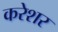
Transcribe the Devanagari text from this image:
करेशर